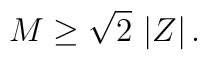
M\geq\sqrt{2}\,\left|Z\right|.